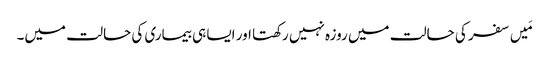
مَیں سفر کی حالت میں روزہ نہیں رکھتا اور ایسا ہی بیماری کی حالت میں۔